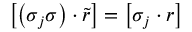
\left[ \left( \sigma _ { j } \sigma \right) \cdot \tilde { r } \right] = \left[ \sigma _ { j } \cdot r \right]